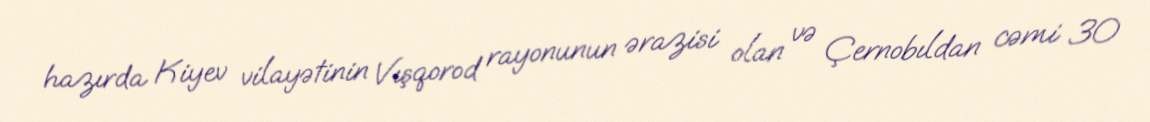
hazırda Kiyev vilayətinin Vışqorod rayonunun ərazisi olan və Çernobıldan cəmi 30